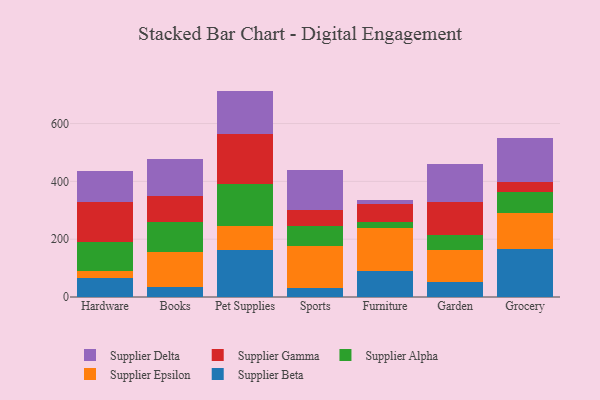
{"axis": {"x": "Category", "y": "Customer Acquisition Cost (USD)"}, "legend": ["Supplier Alpha", "Supplier Beta", "Supplier Delta", "Supplier Epsilon", "Supplier Gamma"], "data": [{"x": "Hardware", "y": 64.8, "type": "Supplier Beta"}, {"x": "Hardware", "y": 23.7, "type": "Supplier Epsilon"}, {"x": "Hardware", "y": 102.3, "type": "Supplier Alpha"}, {"x": "Hardware", "y": 137.3, "type": "Supplier Gamma"}, {"x": "Hardware", "y": 107.8, "type": "Supplier Delta"}, {"x": "Books", "y": 35.0, "type": "Supplier Beta"}, {"x": "Books", "y": 120.0, "type": "Supplier Epsilon"}, {"x": "Books", "y": 103.2, "type": "Supplier Alpha"}, {"x": "Books", "y": 91.5, "type": "Supplier Gamma"}, {"x": "Books", "y": 128.9, "type": "Supplier Delta"}, {"x": "Pet Supplies", "y": 163.2, "type": "Supplier Beta"}, {"x": "Pet Supplies", "y": 83.2, "type": "Supplier Epsilon"}, {"x": "Pet Supplies", "y": 144.4, "type": "Supplier Alpha"}, {"x": "Pet Supplies", "y": 172.6, "type": "Supplier Gamma"}, {"x": "Pet Supplies", "y": 149.7, "type": "Supplier Delta"}, {"x": "Sports", "y": 29.8, "type": "Supplier Beta"}, {"x": "Sports", "y": 148.3, "type": "Supplier Epsilon"}, {"x": "Sports", "y": 68.6, "type": "Supplier Alpha"}, {"x": "Sports", "y": 54.3, "type": "Supplier Gamma"}, {"x": "Sports", "y": 138.3, "type": "Supplier Delta"}, {"x": "Furniture", "y": 89.0, "type": "Supplier Beta"}, {"x": "Furniture", "y": 151.2, "type": "Supplier Epsilon"}, {"x": "Furniture", "y": 20.7, "type": "Supplier Alpha"}, {"x": "Furniture", "y": 60.1, "type": "Supplier Gamma"}, {"x": "Furniture", "y": 16.0, "type": "Supplier Delta"}, {"x": "Garden", "y": 50.6, "type": "Supplier Beta"}, {"x": "Garden", "y": 111.2, "type": "Supplier Epsilon"}, {"x": "Garden", "y": 53.8, "type": "Supplier Alpha"}, {"x": "Garden", "y": 112.6, "type": "Supplier Gamma"}, {"x": "Garden", "y": 133.2, "type": "Supplier Delta"}, {"x": "Grocery", "y": 164.5, "type": "Supplier Beta"}, {"x": "Grocery", "y": 125.8, "type": "Supplier Epsilon"}, {"x": "Grocery", "y": 71.2, "type": "Supplier Alpha"}, {"x": "Grocery", "y": 35.8, "type": "Supplier Gamma"}, {"x": "Grocery", "y": 152.6, "type": "Supplier Delta"}]}